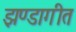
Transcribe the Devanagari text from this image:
झण्डागीत